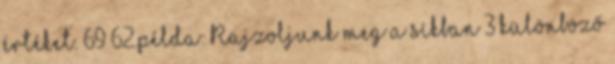
értéket. 69 62.példa: Rajzoljunk meg a síkban 3 különböző